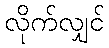
လိုက်လျှင်